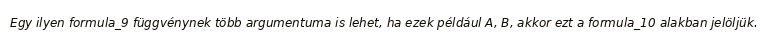
Egy ilyen formula_9 függvénynek több argumentuma is lehet, ha ezek például A, B, akkor ezt a formula_10 alakban jelöljük.